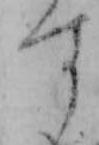
す